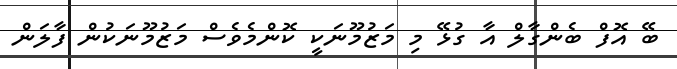
ބޭ އޮފް ބެންގާލް އާ ގުޅޭ މި މަޒުމޫނަކީ ކޮންމެވެސް މަޒުމޫނަކުން ފާލަން